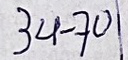
34 - 70